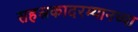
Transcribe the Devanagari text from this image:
सहस्रकादरम्यानच्या